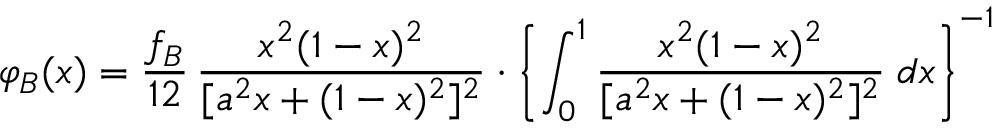
\varphi _ { B } ( x ) = \frac { f _ { B } } { 1 2 } \, \frac { x ^ { 2 } ( 1 - x ) ^ { 2 } } { [ a ^ { 2 } x + ( 1 - x ) ^ { 2 } ] ^ { 2 } } \cdot \left\lbrace \int _ { 0 } ^ { 1 } \frac { x ^ { 2 } ( 1 - x ) ^ { 2 } } { [ a ^ { 2 } x + ( 1 - x ) ^ { 2 } ] ^ { 2 } } \; d x \right\rbrace ^ { - 1 }